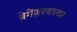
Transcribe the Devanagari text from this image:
ब्रेगेंज़रवाल्डर